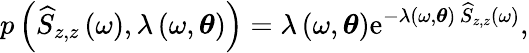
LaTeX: p\left(\widehat{S}_{z,z}\left(\omega\right),\lambda\left(\omega,\boldsymbol{\theta}\right)\right)=\lambda\left(\omega,\boldsymbol{\theta}\right)\mathrm{e}^{-\lambda\left(\omega,\boldsymbol{\theta}\right)\, \widehat{S}_{z,z}\left(\omega\right)},